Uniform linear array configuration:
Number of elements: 8
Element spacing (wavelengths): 0.5
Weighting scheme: kaiser
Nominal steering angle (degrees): -60
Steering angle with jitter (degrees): -60.181
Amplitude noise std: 0.05
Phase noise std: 0.05

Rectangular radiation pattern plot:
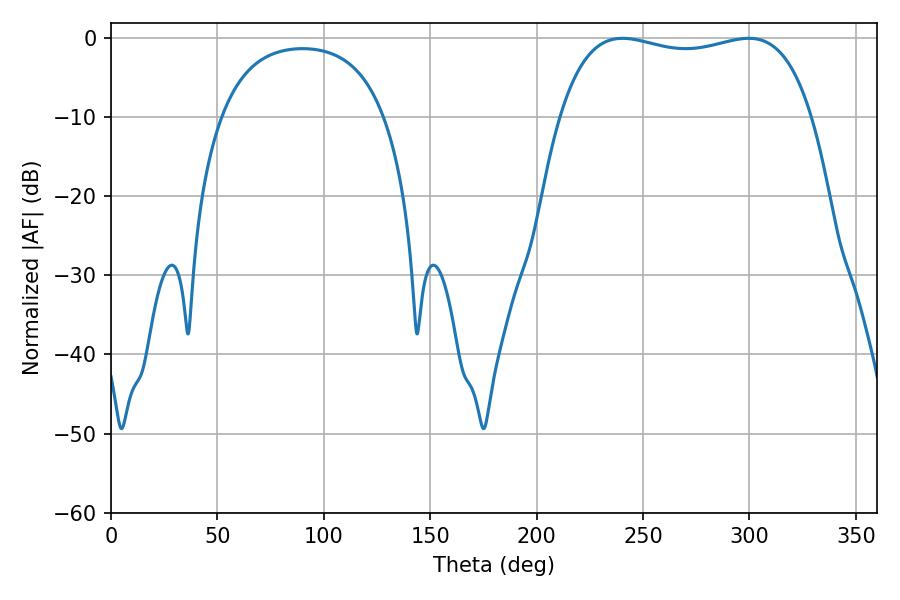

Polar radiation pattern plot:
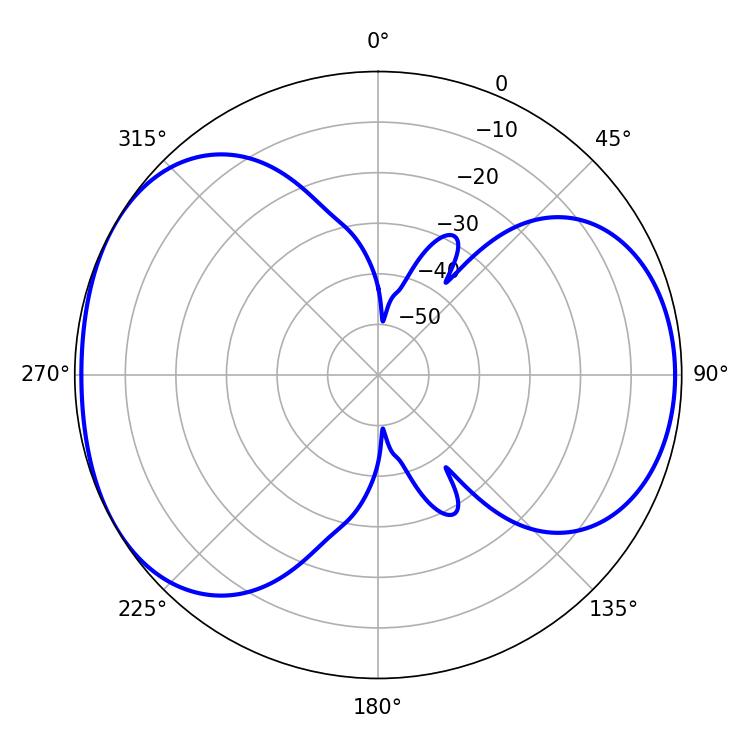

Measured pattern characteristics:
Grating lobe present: FALSE
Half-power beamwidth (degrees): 95.76
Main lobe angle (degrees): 240.3